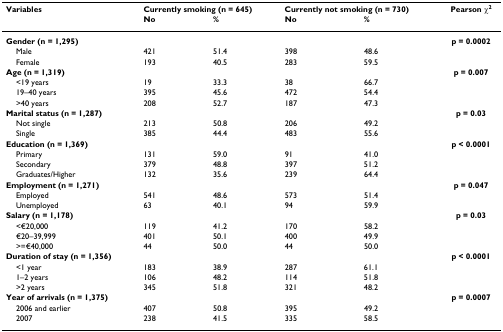
<table><thead><tr><td><b>Variables</b></td><td colspan="2"><b>Currently smoking (n = 645)</b></td><td colspan="2"><b>Currently not smoking (n = 730)</b></td><td><b>Pearson χ<sup>2</sup></b></td></tr><tr><td></td><td><b>No</b></td><td><b>%</b></td><td><b>No</b></td><td><b>%</b></td><td></td></tr></thead><tbody><tr><td><b>Gender (n = 1,295)</b></td><td></td><td></td><td></td><td></td><td><b>p = 0.0002</b></td></tr><tr><td> Male</td><td>421</td><td>51.4</td><td>398</td><td>48.6</td><td></td></tr><tr><td> Female</td><td>193</td><td>40.5</td><td>283</td><td>59.5</td><td></td></tr><tr><td><b>Age (n = 1,319)</b></td><td></td><td></td><td></td><td></td><td><b>p = 0.007</b></td></tr><tr><td> &lt;19 years</td><td>19</td><td>33.3</td><td>38</td><td>66.7</td><td></td></tr><tr><td> 19–40 years</td><td>395</td><td>45.6</td><td>472</td><td>54.4</td><td></td></tr><tr><td> &gt;40 years</td><td>208</td><td>52.7</td><td>187</td><td>47.3</td><td></td></tr><tr><td><b>Marital status (n = 1,287)</b></td><td></td><td></td><td></td><td></td><td><b>p = 0.03</b></td></tr><tr><td> Not single</td><td>213</td><td>50.8</td><td>206</td><td>49.2</td><td></td></tr><tr><td> Single</td><td>385</td><td>44.4</td><td>483</td><td>55.6</td><td></td></tr><tr><td><b>Education (n = 1,369)</b></td><td></td><td></td><td></td><td></td><td><b>p &lt; 0.0001</b></td></tr><tr><td> Primary</td><td>131</td><td>59.0</td><td>91</td><td>41.0</td><td></td></tr><tr><td> Secondary</td><td>379</td><td>48.8</td><td>397</td><td>51.2</td><td></td></tr><tr><td> Graduates/Higher</td><td>132</td><td>35.6</td><td>239</td><td>64.4</td><td></td></tr><tr><td><b>Employment (n = 1,271)</b></td><td></td><td></td><td></td><td></td><td><b>p = 0.047</b></td></tr><tr><td> Employed</td><td>541</td><td>48.6</td><td>573</td><td>51.4</td><td></td></tr><tr><td> Unemployed</td><td>63</td><td>40.1</td><td>94</td><td>59.9</td><td></td></tr><tr><td><b>Salary (n = 1,178)</b></td><td></td><td></td><td></td><td></td><td><b>p = 0.03</b></td></tr><tr><td> &lt;€20,000</td><td>119</td><td>41.2</td><td>170</td><td>58.2</td><td></td></tr><tr><td> €20–39,999</td><td>401</td><td>50.1</td><td>400</td><td>49.9</td><td></td></tr><tr><td> &gt;=€40,000</td><td>44</td><td>50.0</td><td>44</td><td>50.0</td><td></td></tr><tr><td><b>Duration of stay (n = 1,356)</b></td><td></td><td></td><td></td><td></td><td><b>p &lt; 0.0001</b></td></tr><tr><td> &lt;1 year</td><td>183</td><td>38.9</td><td>287</td><td>61.1</td><td></td></tr><tr><td> 1–2 years</td><td>106</td><td>48.2</td><td>114</td><td>51.8</td><td></td></tr><tr><td> &gt;2 years</td><td>345</td><td>51.8</td><td>321</td><td>48.2</td><td></td></tr><tr><td><b>Year of arrivals (n = 1,375)</b></td><td></td><td></td><td></td><td></td><td><b>p = 0.0007</b></td></tr><tr><td> 2006 and earlier</td><td>407</td><td>50.8</td><td>395</td><td>49.2</td><td></td></tr><tr><td> 2007</td><td>238</td><td>41.5</td><td>335</td><td>58.5</td><td></td></tr></tbody></table>